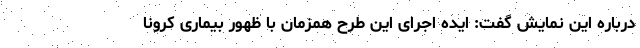
درباره این نمایش گفت: ایده اجرای این طرح همزمان با ظهور بیماری کرونا